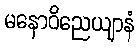
မနောဝိညေယျာနံ